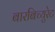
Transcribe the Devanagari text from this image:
बारबिच्युरेट